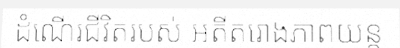
ដំណើរជីវិតរបស់ អតីតរោងភាពយន្ត